342_HS1-416511228_319.1 Flying Discs 1949
Agency: Department of War
Incident date: 1/9/50
Page 98
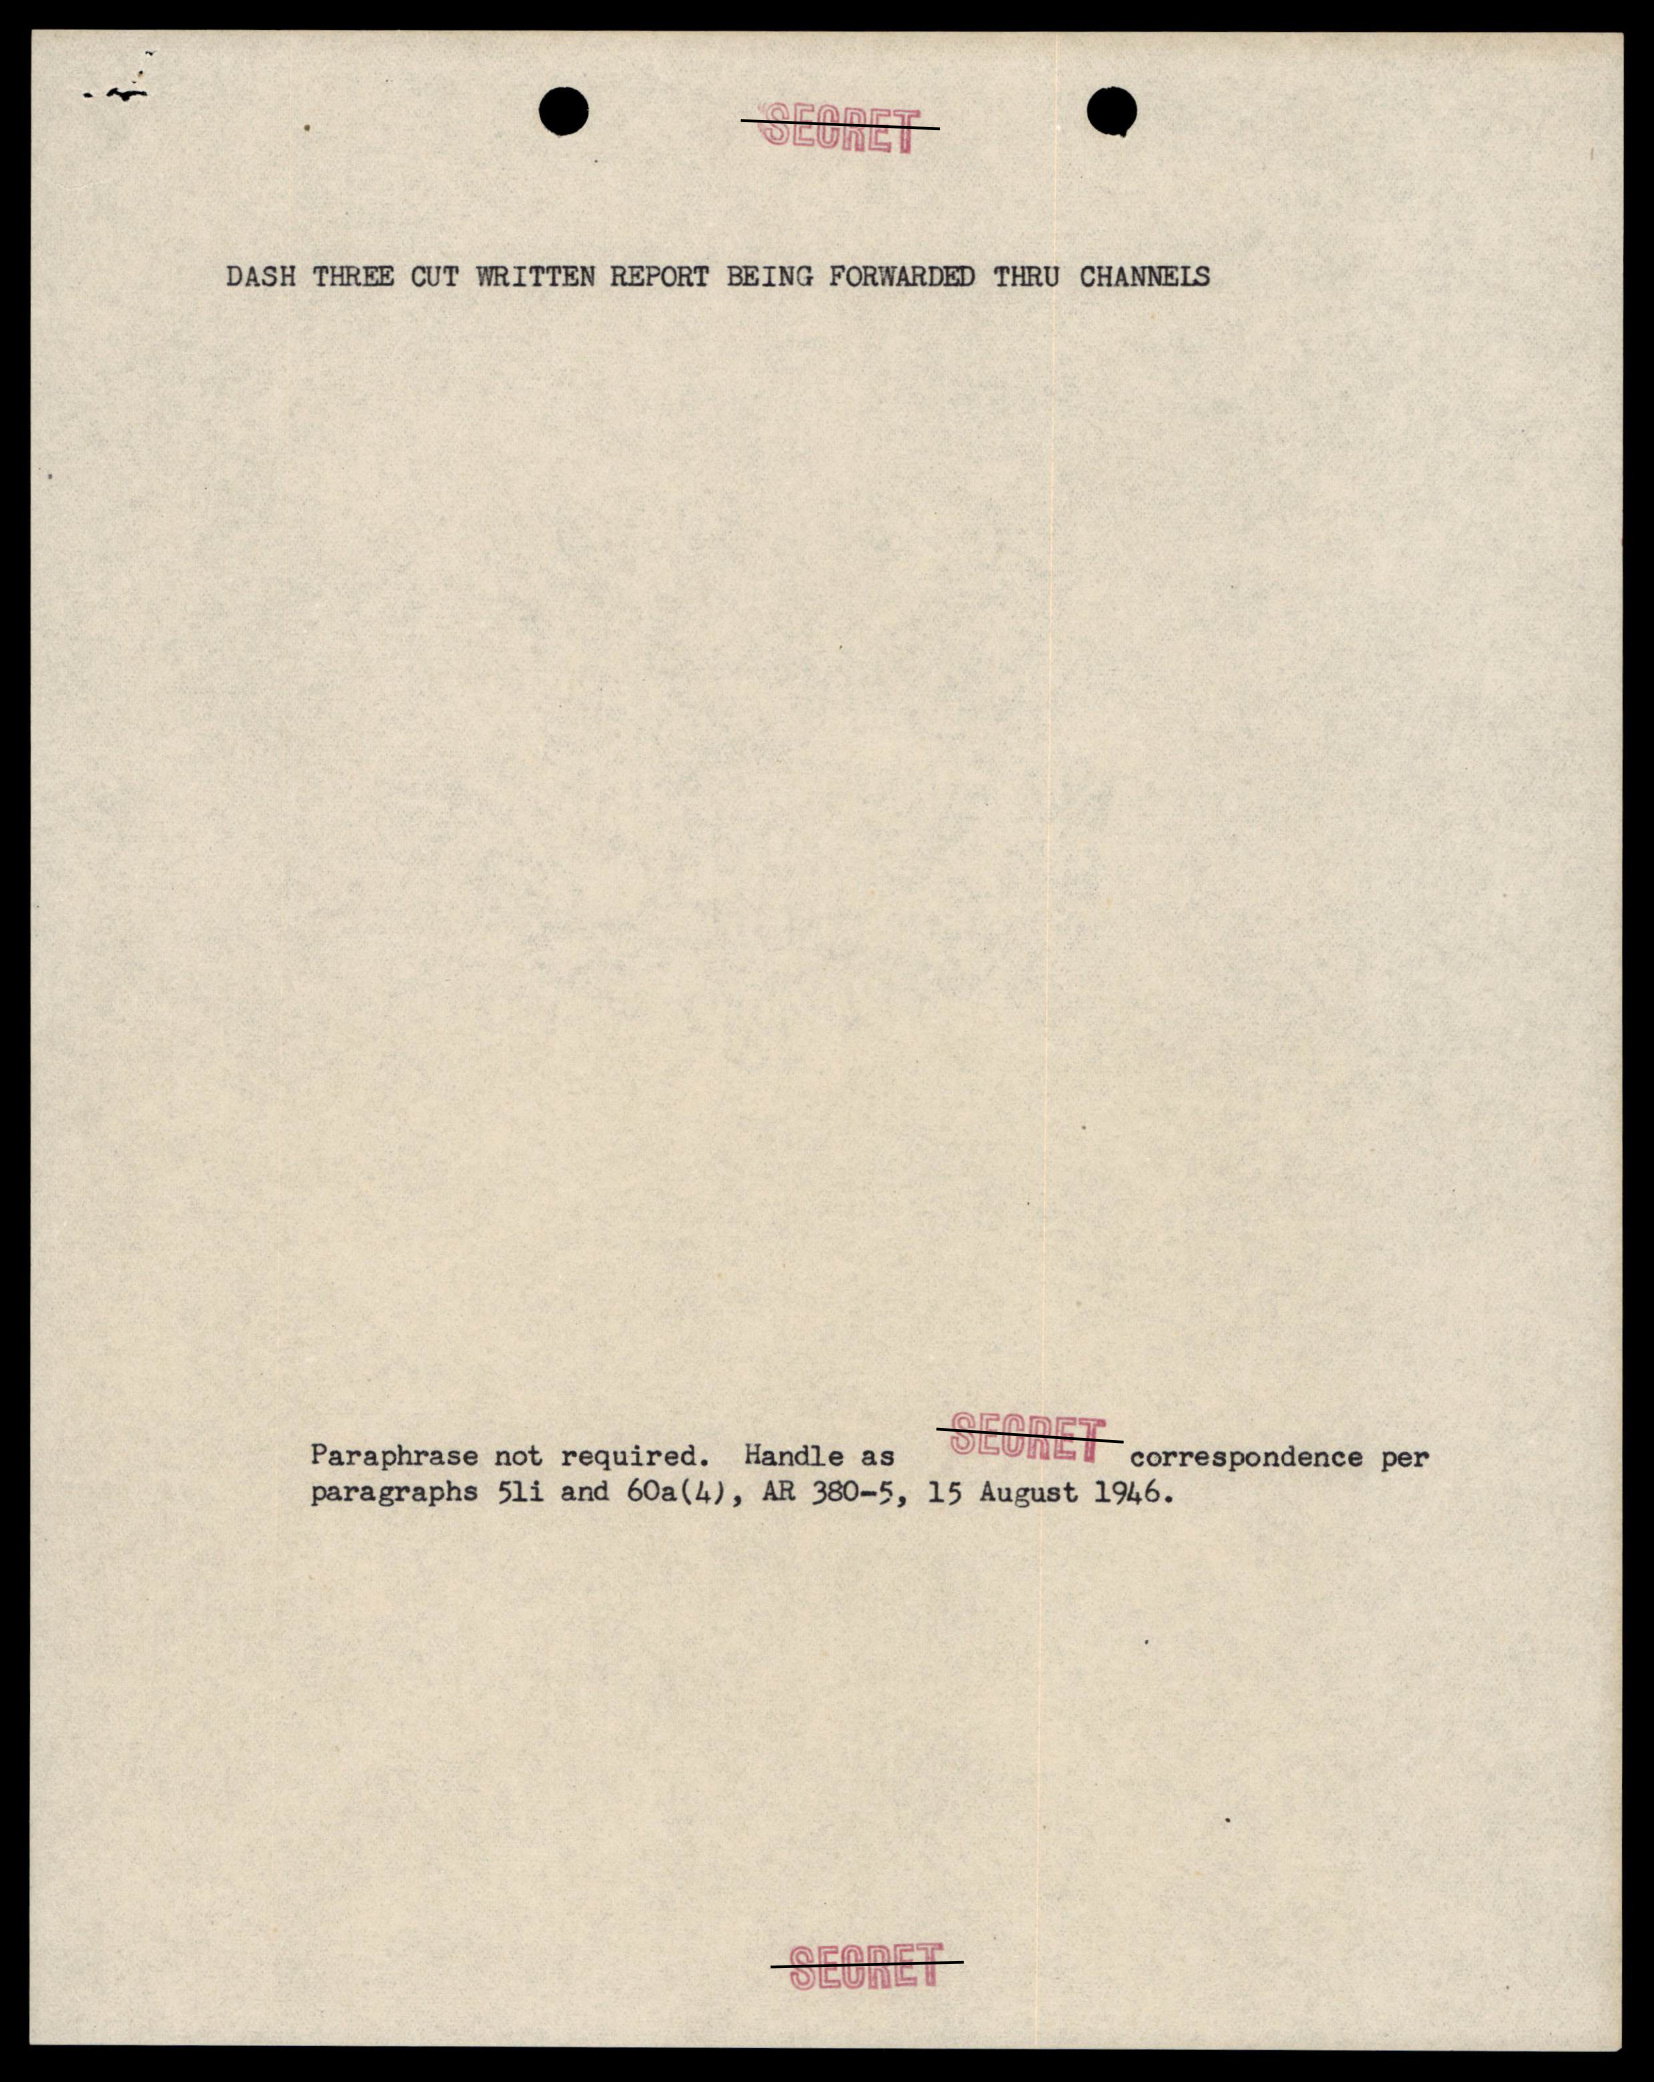